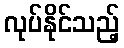
လုပ်နိုင်သည့်